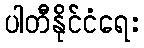
ပါတီနိုင်ငံရေး